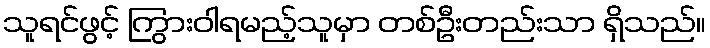
သူရင်ဖွင့် ကြွားဝါရမည့်သူမှာ တစ်ဦးတည်းသာ ရှိသည်။